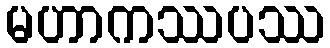
မဟာကဿပဿ